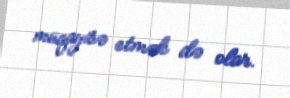
müqayisə etmək də olar.